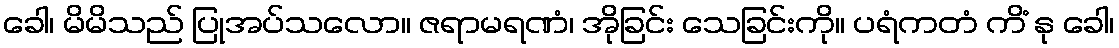
ခေါ၊ မိမိသည် ပြုအပ်သလော။ ဇရာမရဏံ၊ အိုခြင်း သေခြင်းကို။ ပရံကတံ ကိံ နု ခေါ၊